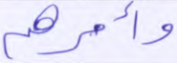
وأمرهم